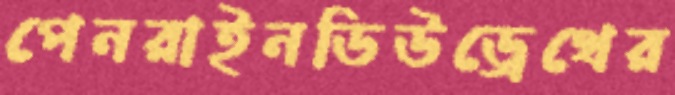
পেনরাইনডিউড্রেথের